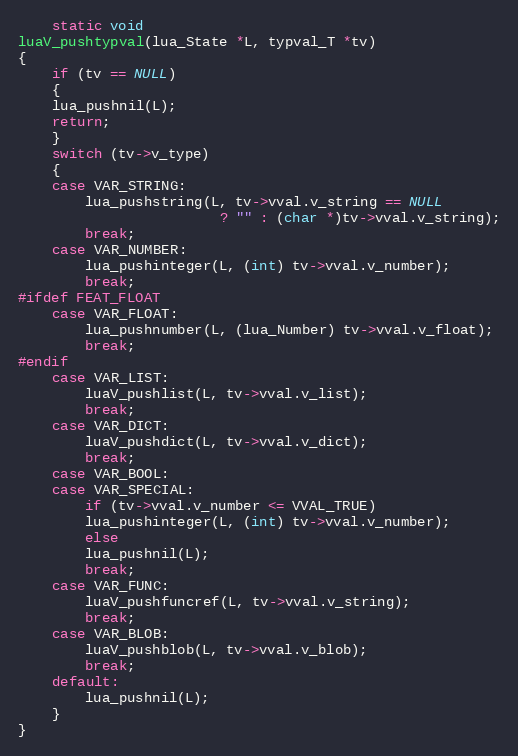
Language: C
    static void
luaV_pushtypval(lua_State *L, typval_T *tv)
{
    if (tv == NULL)
    {
	lua_pushnil(L);
	return;
    }
    switch (tv->v_type)
    {
	case VAR_STRING:
	    lua_pushstring(L, tv->vval.v_string == NULL
					    ? "" : (char *)tv->vval.v_string);
	    break;
	case VAR_NUMBER:
	    lua_pushinteger(L, (int) tv->vval.v_number);
	    break;
#ifdef FEAT_FLOAT
	case VAR_FLOAT:
	    lua_pushnumber(L, (lua_Number) tv->vval.v_float);
	    break;
#endif
	case VAR_LIST:
	    luaV_pushlist(L, tv->vval.v_list);
	    break;
	case VAR_DICT:
	    luaV_pushdict(L, tv->vval.v_dict);
	    break;
	case VAR_BOOL:
	case VAR_SPECIAL:
	    if (tv->vval.v_number <= VVAL_TRUE)
		lua_pushinteger(L, (int) tv->vval.v_number);
	    else
		lua_pushnil(L);
	    break;
	case VAR_FUNC:
	    luaV_pushfuncref(L, tv->vval.v_string);
	    break;
	case VAR_BLOB:
	    luaV_pushblob(L, tv->vval.v_blob);
	    break;
	default:
	    lua_pushnil(L);
    }
}